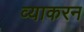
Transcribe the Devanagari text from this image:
व्याकरन